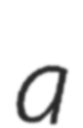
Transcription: a